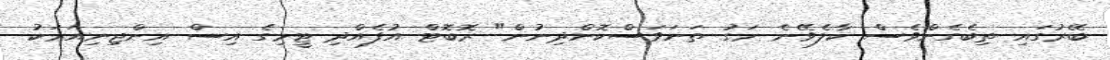
ބޭރުގައި ތިބެގެންވެސް ކާލެވޭނެ މަގު ތަނަވަސްކޮށްދިނުން" ރޮބޮޓް އުފެއްދި ޓީމިގެ އިސް އިންޖިނިއަރަކު